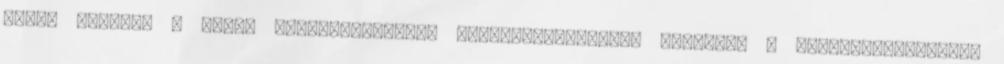
vette hasznát a német nyelvtudásának. Rendszerváltáskor elhívták a szállítótartályok